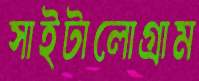
সাইটালোগ্রাম